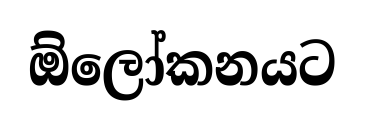
ඕලෝකනයට